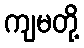
ကျမတို့